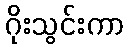
ဂိုးသွင်းကာ